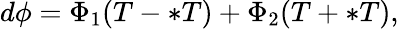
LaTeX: d\phi=\Phi_{1}(T-\ast T)+\Phi_{2}(T+\ast T),